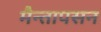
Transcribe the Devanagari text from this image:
मैन्तापसन